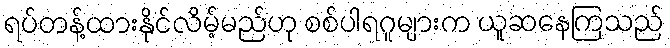
ရပ်တန့်ထားနိုင်လိမ့်မည်ဟု စစ်ပါရဂူများက ယူဆနေကြသည်